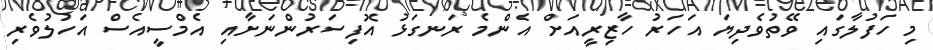
މި ހަފުލާގައި ވޭތުވެދިޔަ އަހަރު ހާޒިރީއަށް އެންމެ ރަނގަޅު އޮފިސަރުންނަށާއި އެމްސީއެސް އަހުލުވެރި